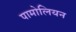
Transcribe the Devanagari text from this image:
पामोलियन